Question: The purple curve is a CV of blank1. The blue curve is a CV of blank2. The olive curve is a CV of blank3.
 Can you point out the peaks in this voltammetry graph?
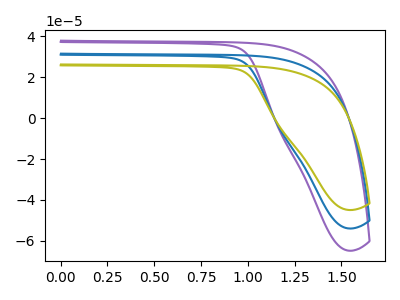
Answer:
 <answer>The purple curve "blank1" has no peaks. The blue curve "blank2" has no peaks. The olive curve "blank3" has no peaks.</answer>
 <eval></eval>